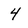
Character: 4